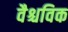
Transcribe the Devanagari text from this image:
वैश्चविक